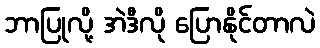
ဘာပြုလို့ အဲဒီလို ပြောနိုင်တာလဲ